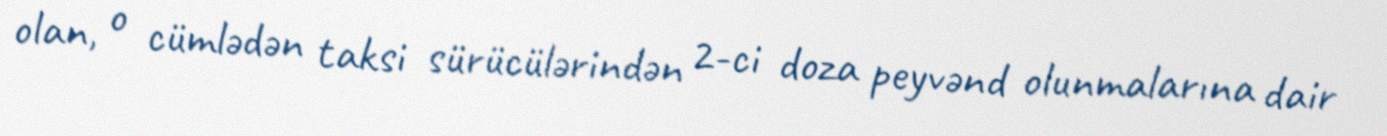
olan, o cümlədən taksi sürücülərindən 2-ci doza peyvənd olunmalarına dair